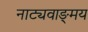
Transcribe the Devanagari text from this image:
नाट्यवाङ्‌मय